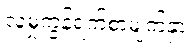
လူမှုကွန်ရက်စာမျက်နှာ